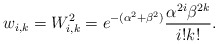
\begin{align*}w_{i,k}=W_{i,k}^2=e^{-(\alpha^2+\beta^2)}\frac{\alpha^{2i}\beta^{2k}}{i!k!}.\end{align*}